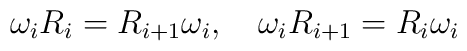
\omega_i R_i=R_{i+1}\omega_i, \quad \omega_i R_{i+1}=R_i\omega_i